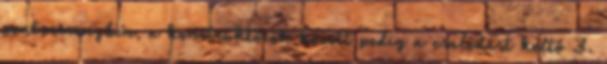
pontversenyben, a konstruktőrök között pedig a csalódást keltő 3.